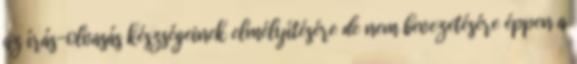
az írás-olvasás készségeinek elmélyítésére de nem bevezetésére éppen a